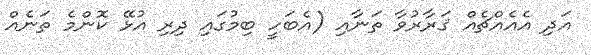
އަދި އެއެއްޗެއް ޤަރާރުވާ ތަނާއި (އެބަހީ ބިމުގައި ދިރި އުޅޭ ކޮންމެ ތަނެއް